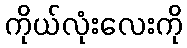
ကိုယ်လုံးလေးကို